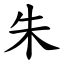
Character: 朱